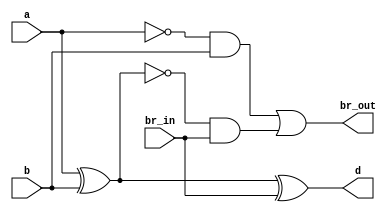
`timescale 1ns / 1ps
//////////////////////////////////////////////////////////////////////////////////
// Company: 
// 
// Design Name: Full Subtractor Dataflow
// Module Name: Full_Subtractor_Dataflow
// Project Name: 
// Target Devices: 
// Tool Versions: Vivado 2021.2
// Description: 
// 
// Dependencies: 
// 
// Revision:
// Revision 0.01 - File Created
// Additional Comments:
// 
//////////////////////////////////////////////////////////////////////////////////


module Full_Subtractor_Dataflow(
    br_out,     // borrow out
    d,          // difference
    a,          // a
    b,          // b
    br_in       // borrow in
    );
   
    output br_out;
    output d;
    input a;
    input b;
    input br_in;
    
    assign d = (a ^ b ^ br_in);
    assign br_out = (~a & b) | (~(a ^ b) & br_in);
endmodule